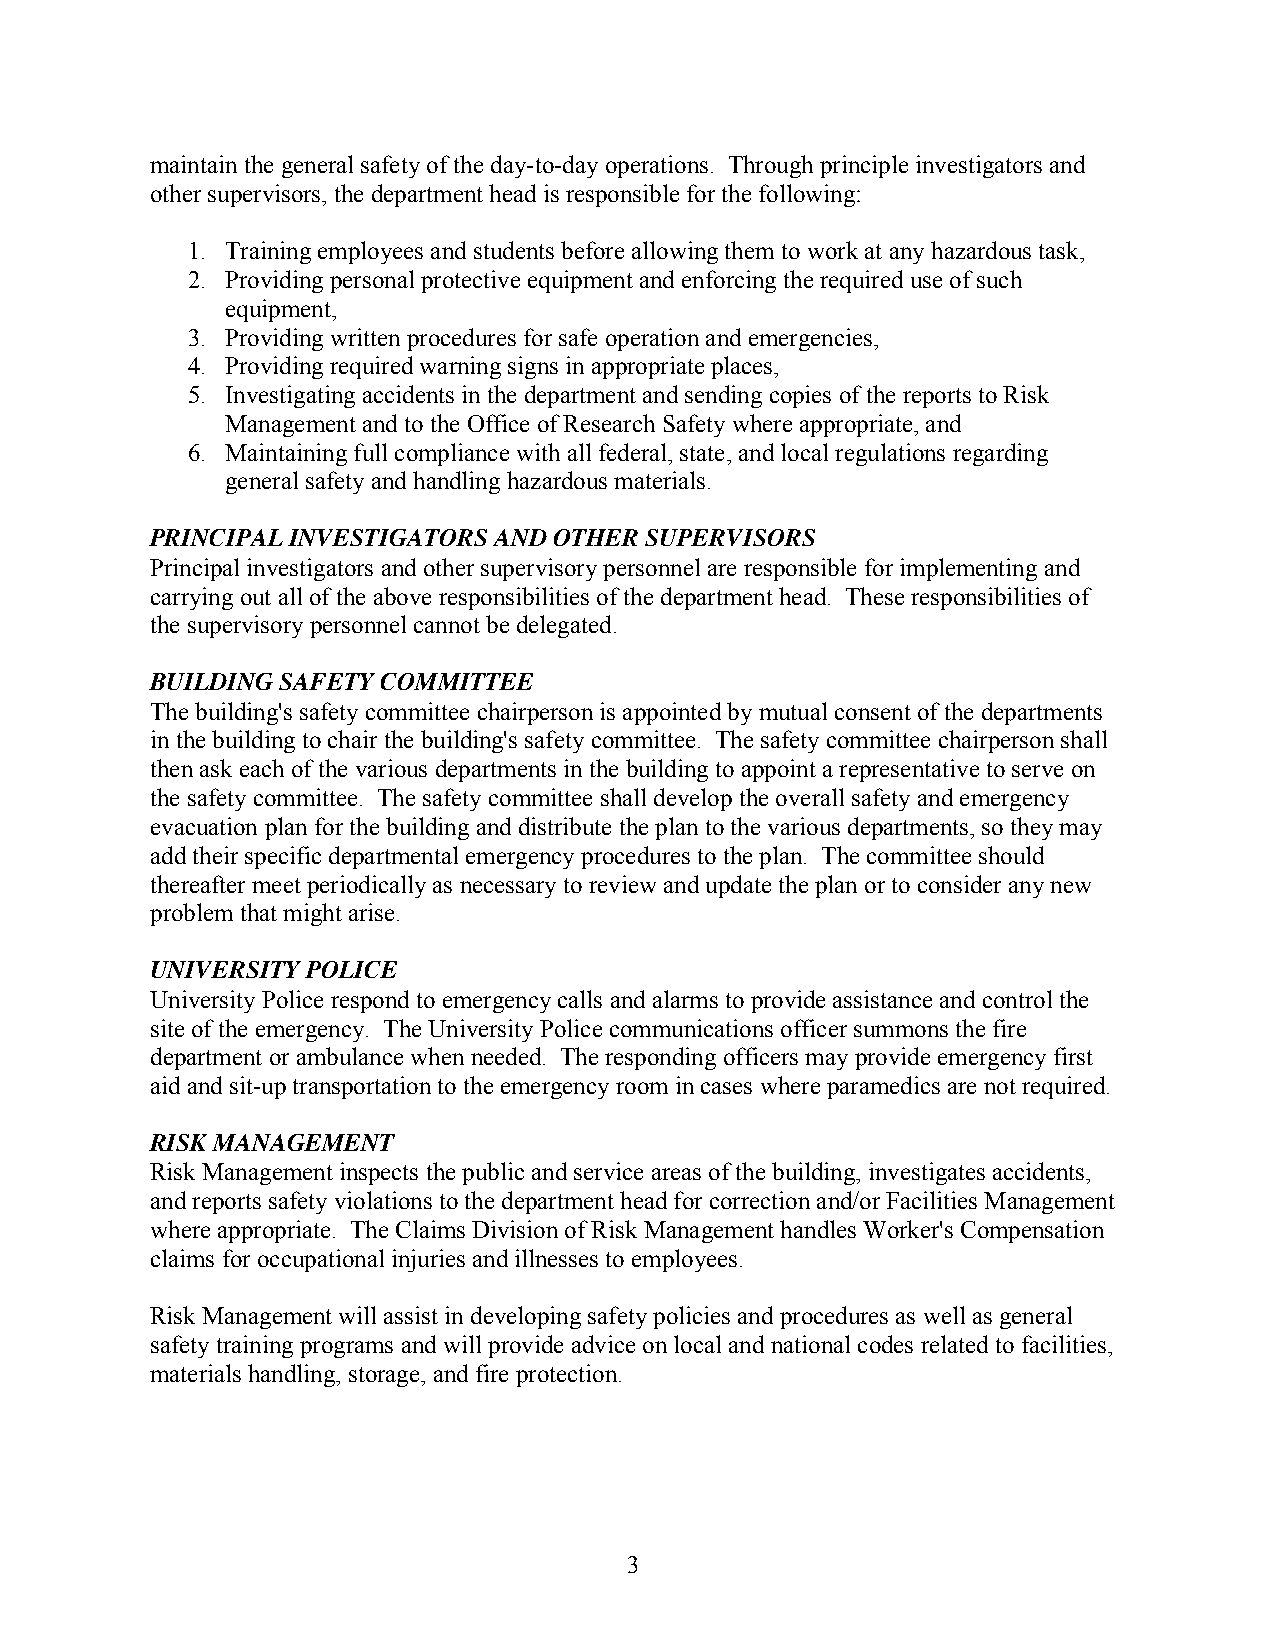
maintain the general safety of the day-to-day operations. Through principle investigators and
 other supervisors, the department head is responsible for the following:
 1. Training employees and students before allowing them to work at any hazardous task,
 2. Providing personal protective equipment and enforcing the required use of such
 equipment,
 3. Providing written procedures for safe operation and emergencies,
 4. Providing required warning signs in appropriate places,
 5. Investigating accidents in the department and sending copies of the reports to Risk
 Management and to the Office of Research Safety where appropriate, and
 6. Maintaining full compliance with all federal, state, and local regulations regarding
 general safety and handling hazardous materials.
 PRINCIPAL INVESTIGATORS AND OTHER SUPERVISORS
 Principal investigators and other supervisory personnel are responsible for implementing and
 carrying out all of the above responsibilities of the department head. These responsibilities of
 the supervisory personnel cannot be delegated.
 BUILDING SAFETY COMMITTEE
 The building's safety committee chairperson is appointed by mutual consent of the departments
 in the building to chair the building's safety committee. The safety committee chairperson shall
 then ask each of the various departments in the building to appoint a representative to serve on
 the safety committee. The safety committee shall develop the overall safety and emergency
 evacuation plan for the building and distribute the plan to the various departments, so they may
 add their specific departmental emergency procedures to the plan. The committee should
 thereafter meet periodically as necessary to review and update the plan or to consider any new
 problem that might arise.
 UNIVERSITY POLICE
 University Police respond to emergency calls and alarms to provide assistance and control the
 site of the emergency. The University Police communications officer summons the fire
 department or ambulance when needed. The responding officers may provide emergency first
 aid and sit-up transportation to the emergency room in cases where paramedics are not required.
 RISK MANAGEMENT
 Risk Management inspects the public and service areas of the building, investigates accidents,
 and reports safety violations to the department head for correction and/or Facilities Management
 where appropriate. The Claims Division of Risk Management handles Worker's Compensation
 claims for occupational injuries and illnesses to employees.
 Risk Management will assist in developing safety policies and procedures as well as general
 safety training programs and will provide advice on local and national codes related to facilities,
 materials handling, storage, and fire protection.
 3